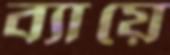
ব্যায়ে